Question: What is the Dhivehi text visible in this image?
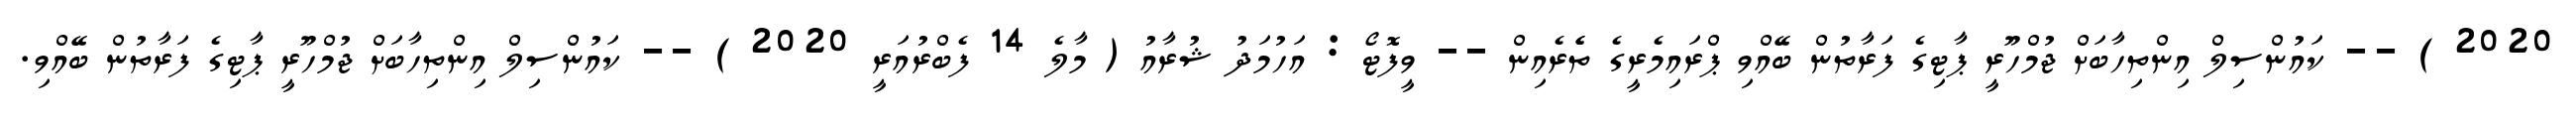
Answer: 2020 ) -- ކައުންސިލް އިންތިހާބަށް ޖުމްހޫރީ ޕާޓިގެ ފަރާތުން ބޭއްވި ޕްރައިމެރީގެ ތެެރެއިން -- ވީފޮޓޯ : އަހުމަދު ޝުރާއު ( މާލެ 14 ފެބްރުއަރީ 2020 ) -- ކައުންސިލް އިންތިހާބަށް ޖުމްހޫރީ ޕާޓިގެ ފަރާތުން ބޭއްވި.